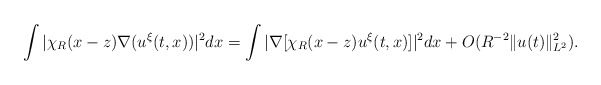
\begin{align*}\int |\chi_R(x-z) \nabla (u^\xi(t,x))|^2 dx =\int |\nabla[ \chi_R(x-z) u^{\xi}(t,x)]|^2 dx + O(R^{-2} \|u(t)\|^2_{L^2}).\end{align*}